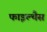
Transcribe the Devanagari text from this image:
फाइल्थैस